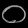
Digit: ၀